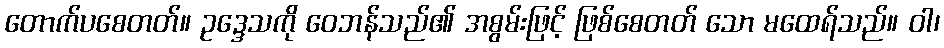
တောက်ပစေတတ်။ ဥဒ္ဒေသကို ဝေဘန်သည်၏ အစွမ်းဖြင့် ဖြစ်စေတတ် သော မထေရ်သည်။ ဝါ၊